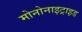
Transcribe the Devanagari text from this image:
मोनोनाइट्राइड